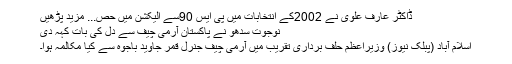
ڈاکٹر عارف علوی نے 2002کے انتخابات میں پی ایس 90سے الیکشن میں حص... مزید پڑھیں
نوجوت سدھو نے پاکستان آرمی چیف سے دل کی بات کہہ دی
اسلام آباد (پبلک نیوز) وزیراعظم حلف برداری تقریب میں آرمی چیف جنرل قمر جاوید باجوہ سے کیا مکالمہ ہوا۔